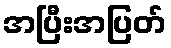
အပြီးအပြတ်